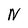
Character: N